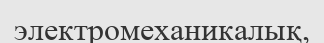
электромеханикалық,